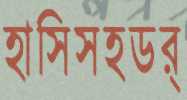
হাসিসহডর্